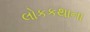
લોકકથાના